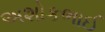
અશોકભાઈ